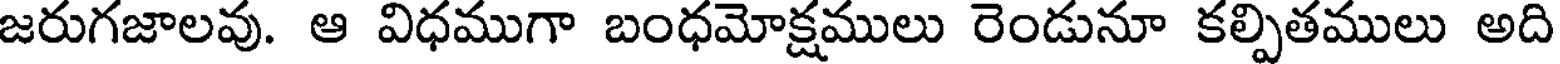
జరుగజాలవు. ఆ విధముగా బంధమోక్షములు రెండునూ కల్పితములు అది